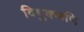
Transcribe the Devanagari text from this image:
विषुक्कणि